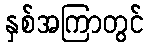
နှစ်အကြာတွင်